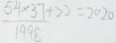
\frac { 5 4 \times 3 7 } { 1 9 9 8 } + 2 2 = 2 0 2 0